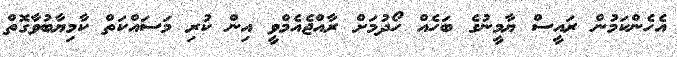
އެހެންކަމުން ރައީސް ޔާމީނުގެ ބަހެއް ހޯދުމަށް ރާއްޖެއެމްވީ އިން ކުރި މަސައްކަތް ކާމިޔާބުވާގޮތް